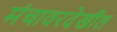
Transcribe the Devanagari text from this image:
मंचावरदेखील